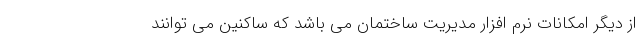
از دیگر امکانات نرم افزار مدیریت ساختمان می باشد که ساکنین می توانند